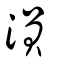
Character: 溳